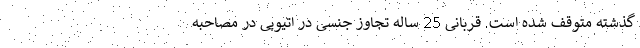
گذشته متوقف شده است. قربانی 25 ساله تجاوز جنسی در اتیوپی در مصاحبه